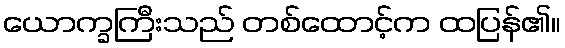
ယောက္ခကြီးသည် တစ်ထောင့်က ထပြန်၏။